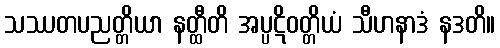
သဿတပညတ္တိယာ နတ္ထီတိ အပ္ပဋိဝတ္တိယံ သီဟနာဒံ နဒတိ။